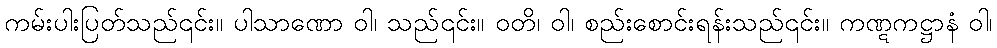
ကမ်းပါးပြတ်သည်၎င်း။ ပါသာဏော ဝါ၊ သည်၎င်း။ ဝတိ၊ ဝါ၊ စည်းစောင်းရန်းသည်၎င်း။ ကဏ္ဋကဋ္ဌာနံ ဝါ၊